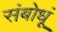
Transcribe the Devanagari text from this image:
संबोधूं